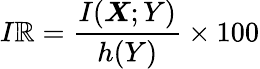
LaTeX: I\mathbb{R}=\frac{{I(\boldsymbol{X};Y)}}{{h(Y)}}\times100